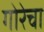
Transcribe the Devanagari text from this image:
गोरेचा